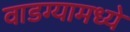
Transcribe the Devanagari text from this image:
वाडग्यामध्ये